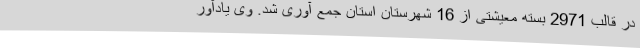
در قالب 2971 بسته معیشتی از 16 شهرستان استان جمع آوری شد. وی یادآور